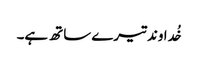
خُداوند تیرے ساتھ ہے۔